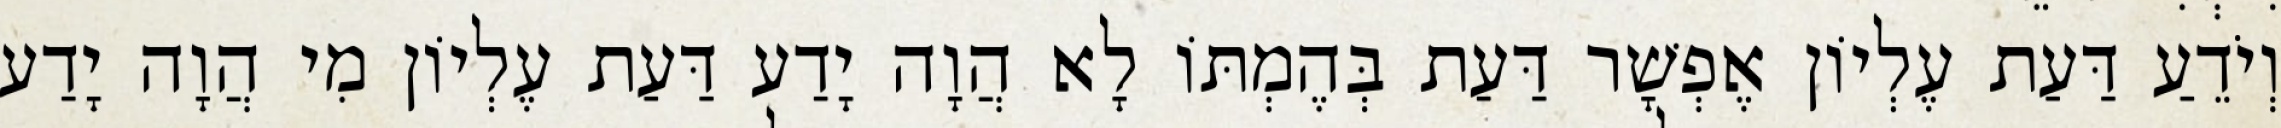
וְיֹדֵעַ דַּעַת עֶלְיוֹן אֶפְשָׁר דַּעַת בְּהֶמְתּוֹ לָא הֲוָה יָדַע דַּעַת עֶלְיוֹן מִי הֲוָה יָדַע